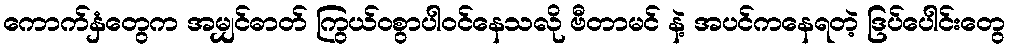
ကောက်နှံတွေက အမျှင်ဓာတ် ကြွယ်ဝစွာပါဝင်နေသလို ဗီတာမင် နဲ့ အပင်ကနေရတဲ့ ဒြပ်ပေါင်းတွေ